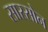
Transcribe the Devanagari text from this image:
सास्सोन